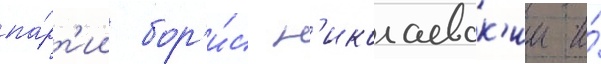
па́рт'ии бор'и́с н'иколаевск'ии и́